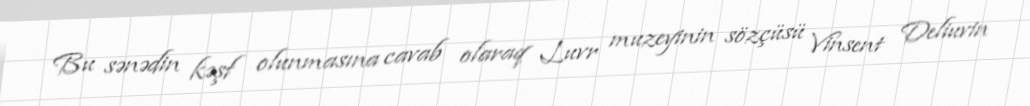
Bu sənədin kəşf olunmasına cavab olaraq Luvr muzeyinin sözçüsü Vinsent Deliuvin